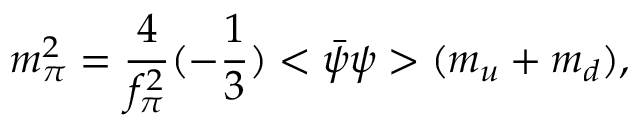
m _ { \pi } ^ { 2 } = { \frac { 4 } { f _ { \pi } ^ { 2 } } } ( - { \frac { 1 } { 3 } } ) < \bar { \psi } \psi > ( m _ { u } + m _ { d } ) ,